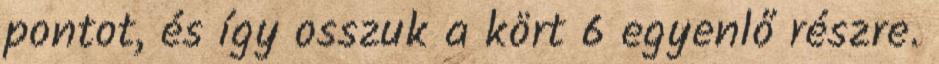
pontot, és így osszuk a kört 6 egyenlő részre.